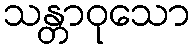
သန္တာဝုသော